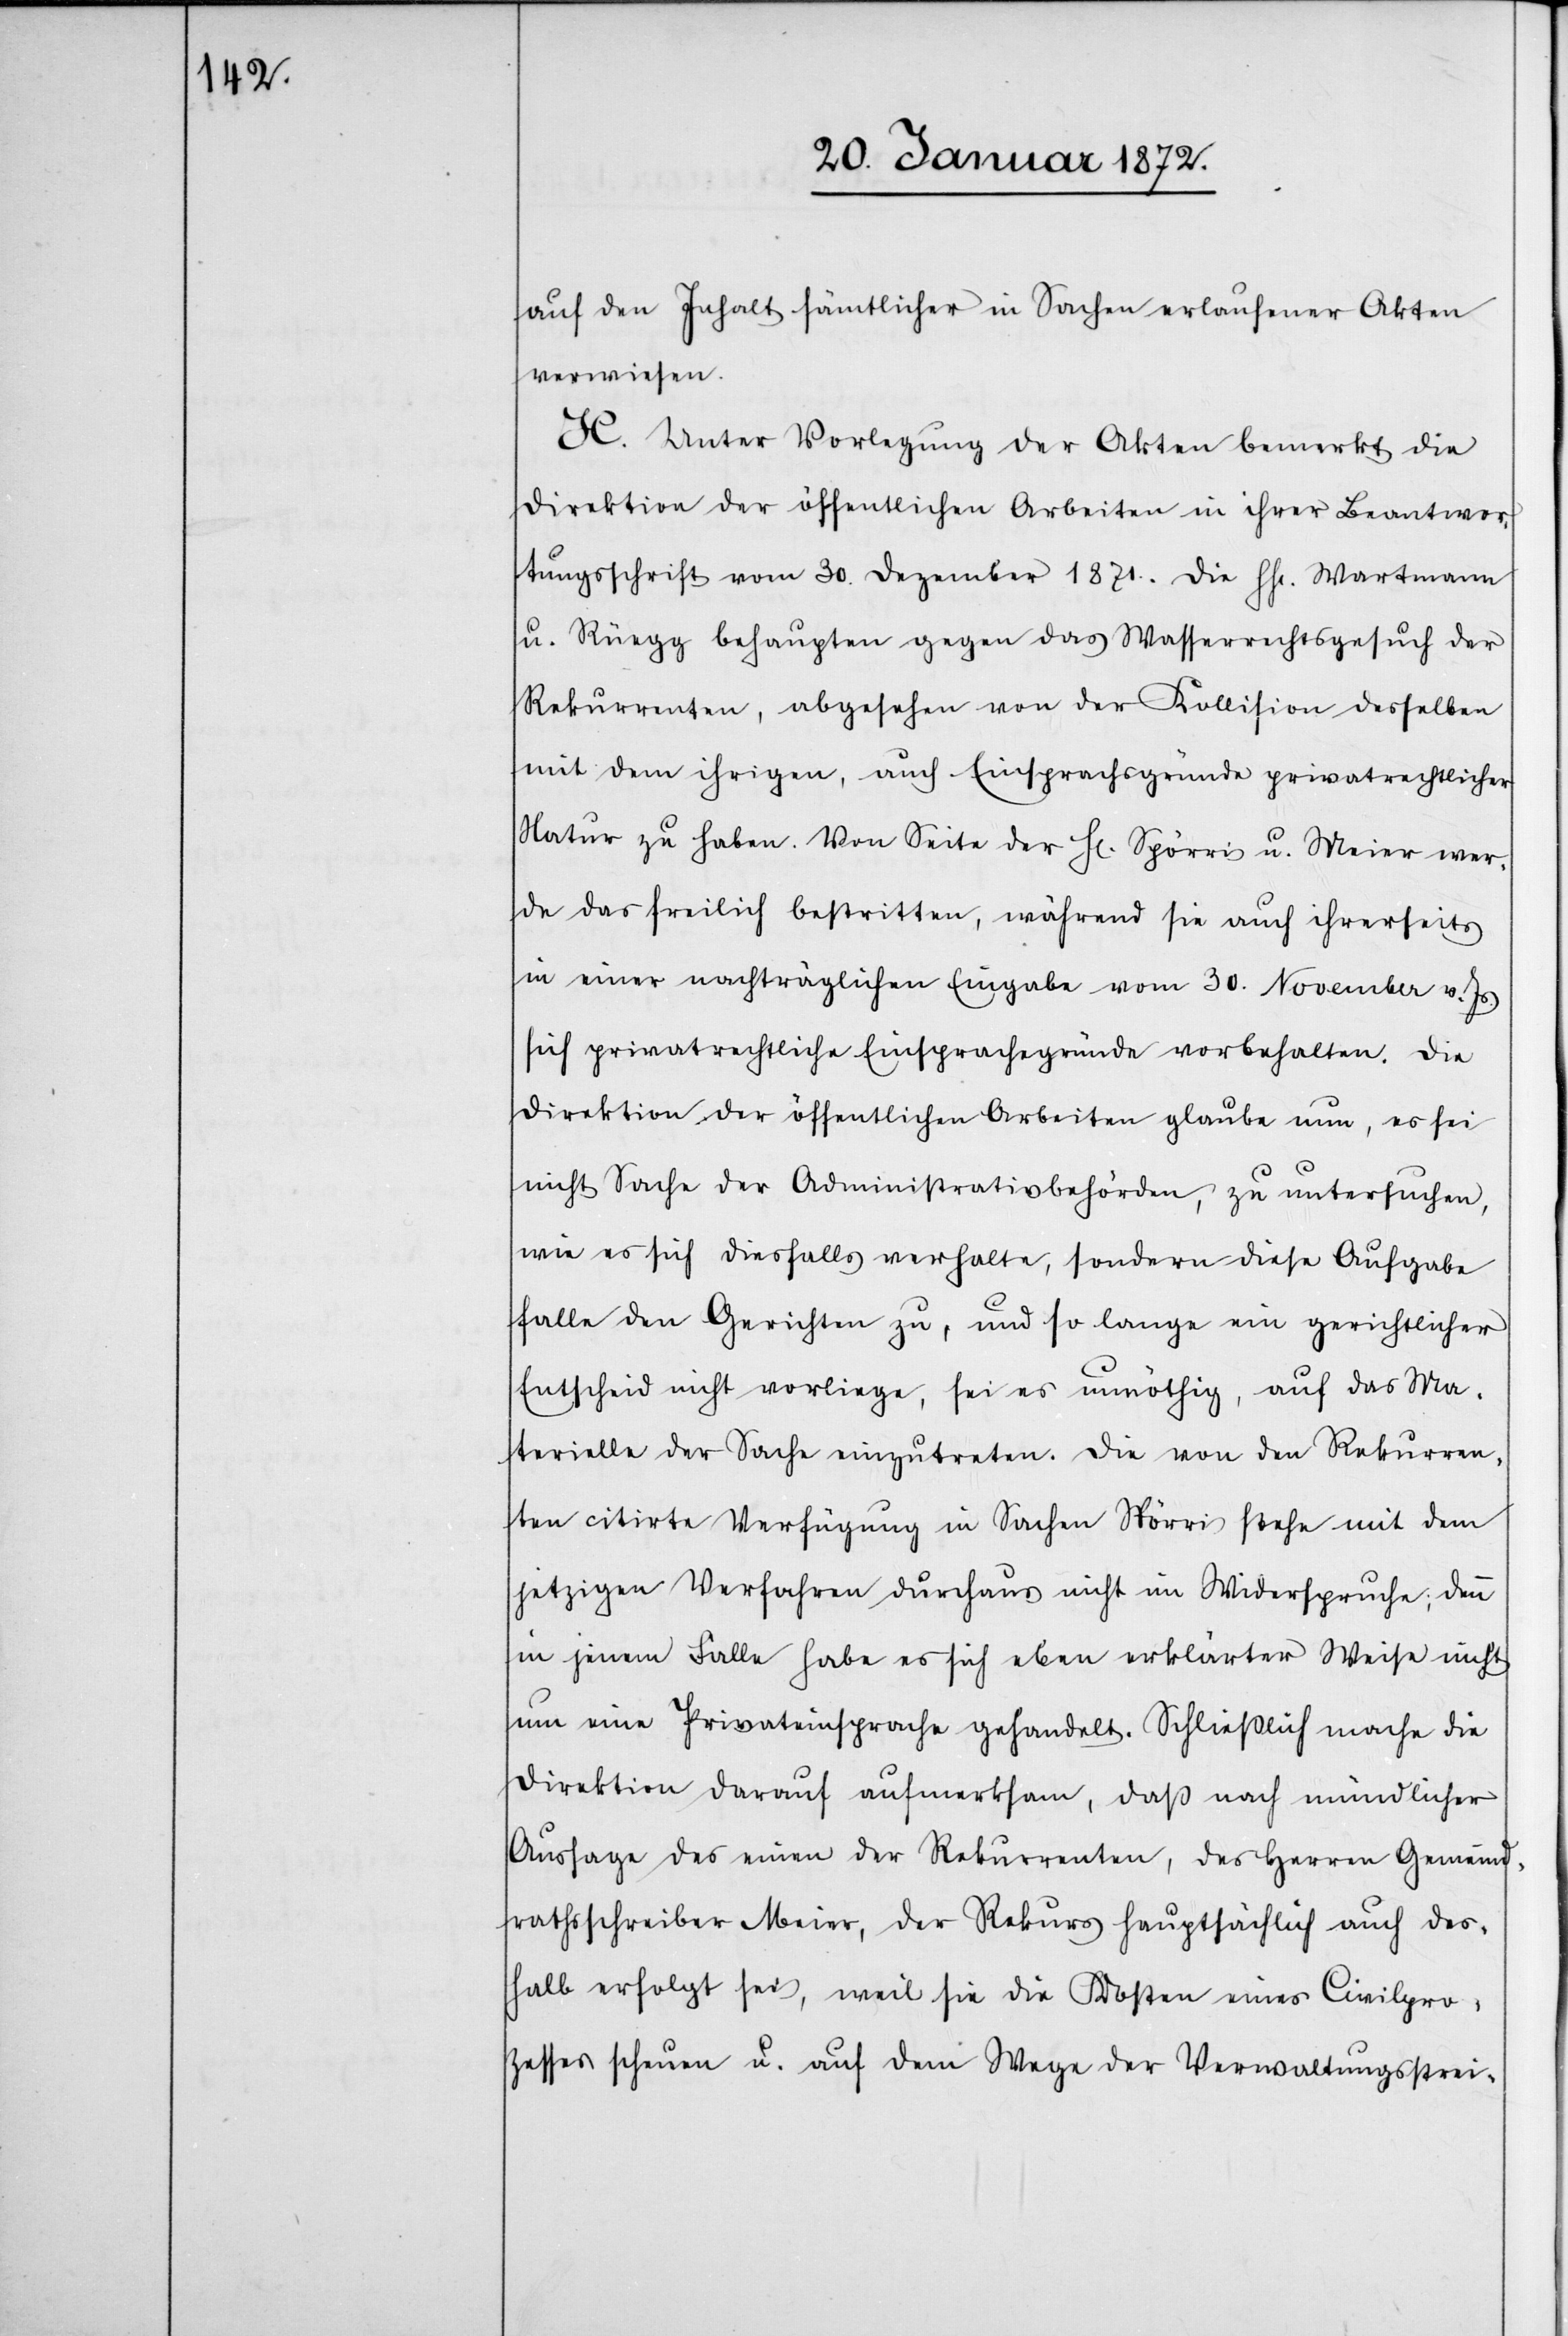
auf den Inhalt sämtlicher in Sachen erlaufener Akten
verwiesen.
K. Unter Vorlegung der Akten bemerkt die
Direktion der öffentlichen Arbeiten in ihrer Beantwor¬
tungsschrift vom 30. Dezember 1871. die HH. Wartmann
u. Rüegg behaupten gegen das Wasserrechtsgesuch der
Rekurrenten, abgesehen von der Kollision desselben
mit dem ihrigen, auch Einsprachsgründe privatrechtlicher
Natur zu haben. Von Seite der H[erren] Spörri u. Meier wer¬
de das freilich bestritten, während sie auch ihrerseits
in einer nachträglichen Eingabe vom 30. November v. Js.
sich privatrechtliche Einsprachegründe vorbehalten. Die
Direktion der öffentlichen Arbeiten glaube nun, es sei
nicht Sache der Administrativbehörden, zu untersuchen,
wie es sich diesfalls verhalte sondern diese Aufgabe
falle den Gerichten zu, und so lange ein gerichtlicher
Entscheid nicht vorliege, sei es unnöthig, auf das Ma¬
terielle der Sache einzutreten. Die von den Rekurren¬
ten citirte Verfügung in Sachen Spörri stehe mit dem
jetzigen Verfahren durchaus nicht im Widerspruche; denn
in jenem Falle habe es sich eben erklärter Weise nicht
um eine Privateinsprache gehandelt. Schließlich mache die
Direktion darauf aufmerksam, daß nach mündlicher
Aussage des einen der Rekurrenten, des Herren Gemeind¬
rathsschreiber Meier, der Rekurs hauptsächlich auch des¬
halb erfolgt sei, weil sie die Kosten eines Civilpro¬
zesses scheuen u. auf dem Wege der Verwaltungsstrei-